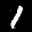
Label: 1